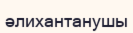
әлихантанушы